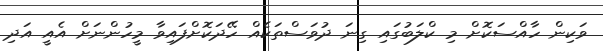
ވަކިން ހާއްސަކޮށް މި ކްލަބުގައި ގިނަ ދުވަސްތަކެއް ހޭދަކޮށްފައިވާ މީހުންނަށް އެއީ އަދި